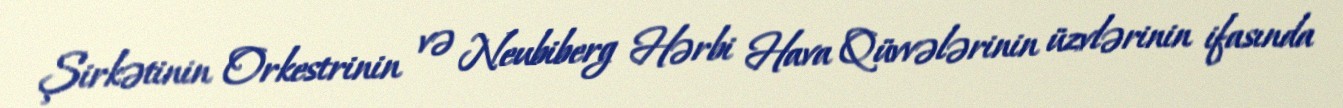
Şirkətinin Orkestrinin və Neubiberg Hərbi Hava Qüvvələrinin üzvlərinin ifasında